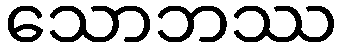
သောဘဿ